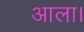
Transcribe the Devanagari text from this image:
आला।